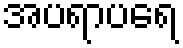
အပရာပရေ